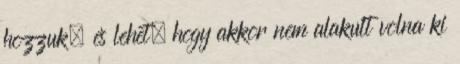
hozzuk, és lehet, hogy akkor nem alakult volna ki